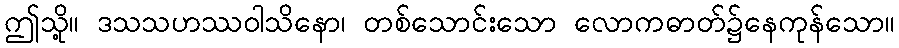
ဤသို့။ ဒသသဟဿဝါသိနော၊ တစ်သောင်းသော လောကဓာတ်၌နေကုန်သော။